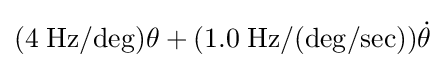
(4\;\mathrm {Hz/deg} )\theta +(1.0\;\mathrm {Hz/(deg/sec)} ){\dot {\theta }}